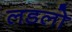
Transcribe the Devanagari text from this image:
लडलो